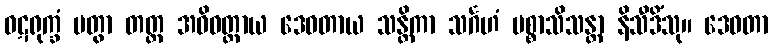
ဝဋရုက္ခံ ပတွာ တတ္ထ အဓိဝတ္ထာယ ဒေဝတာယ သန္တိကာ သင်္ဂဟံ ပစ္စာသိသန္တာ နိသီဒိံသု။ ဒေဝတာ